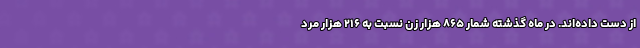
از دست داده‌اند. در ماه گذشته شمار ۸۶۵ هزار زن نسبت به ۲۱۶ هزار مرد